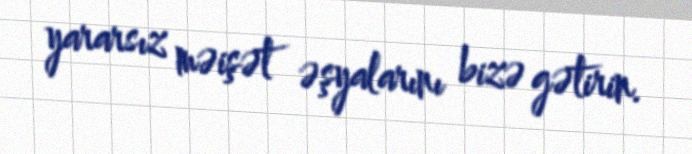
yararsız məişət əşyalarını bizə gətirin.